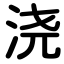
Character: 浇